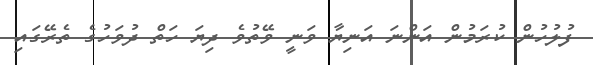
ފުލުހުން ކުރަމުން އަންނަ އަނިޔާ ވަނީ ވޭތުވެ ދިޔަ ހަތް ދުވަހުގެ ތެރޭގައި